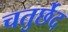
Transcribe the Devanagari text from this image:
चतुर्छेद